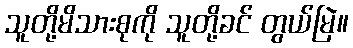
သူတို့မိသားစုကို သူတို့ခင် တွယ်မြဲ။